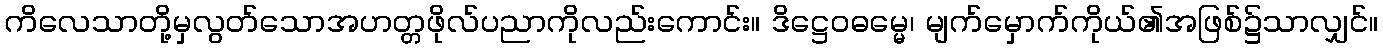
ကိလေသာတို့မှလွတ်သောအဟတ္တဖိုလ်ပညာကိုလည်းကောင်း။ ဒိဋ္ဌေဝဓမ္မေ၊ မျက်မှောက်ကိုယ်၏အဖြစ်၌သာလျှင်။